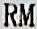
RM